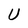
Character: U